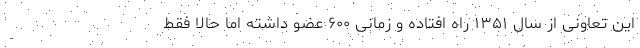
این تعاونی از سال ۱۳۵۱ راه افتاده و زمانی ۶۰۰ عضو داشته اما حالا فقط